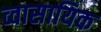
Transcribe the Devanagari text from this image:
व्वासायिक